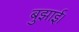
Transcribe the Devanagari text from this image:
बुझाई।